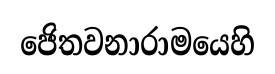
ජෙිතවනාරාමයෙහි